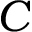
\cal { C }